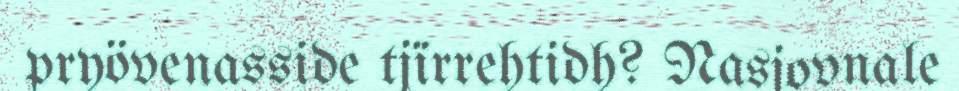
pryövenasside tjïrrehtidh? Nasjovnale